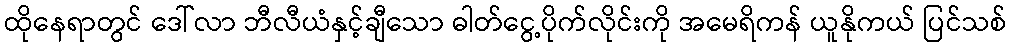
ထိုနေရာတွင် ဒေါ်လာ ဘီလီယံနှင့်ချီသော ဓါတ်ငွေ့ပိုက်လိုင်းကို အမေရိကန် ယူနိုကယ် ပြင်သစ်